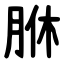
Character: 䏫